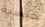
جنسية